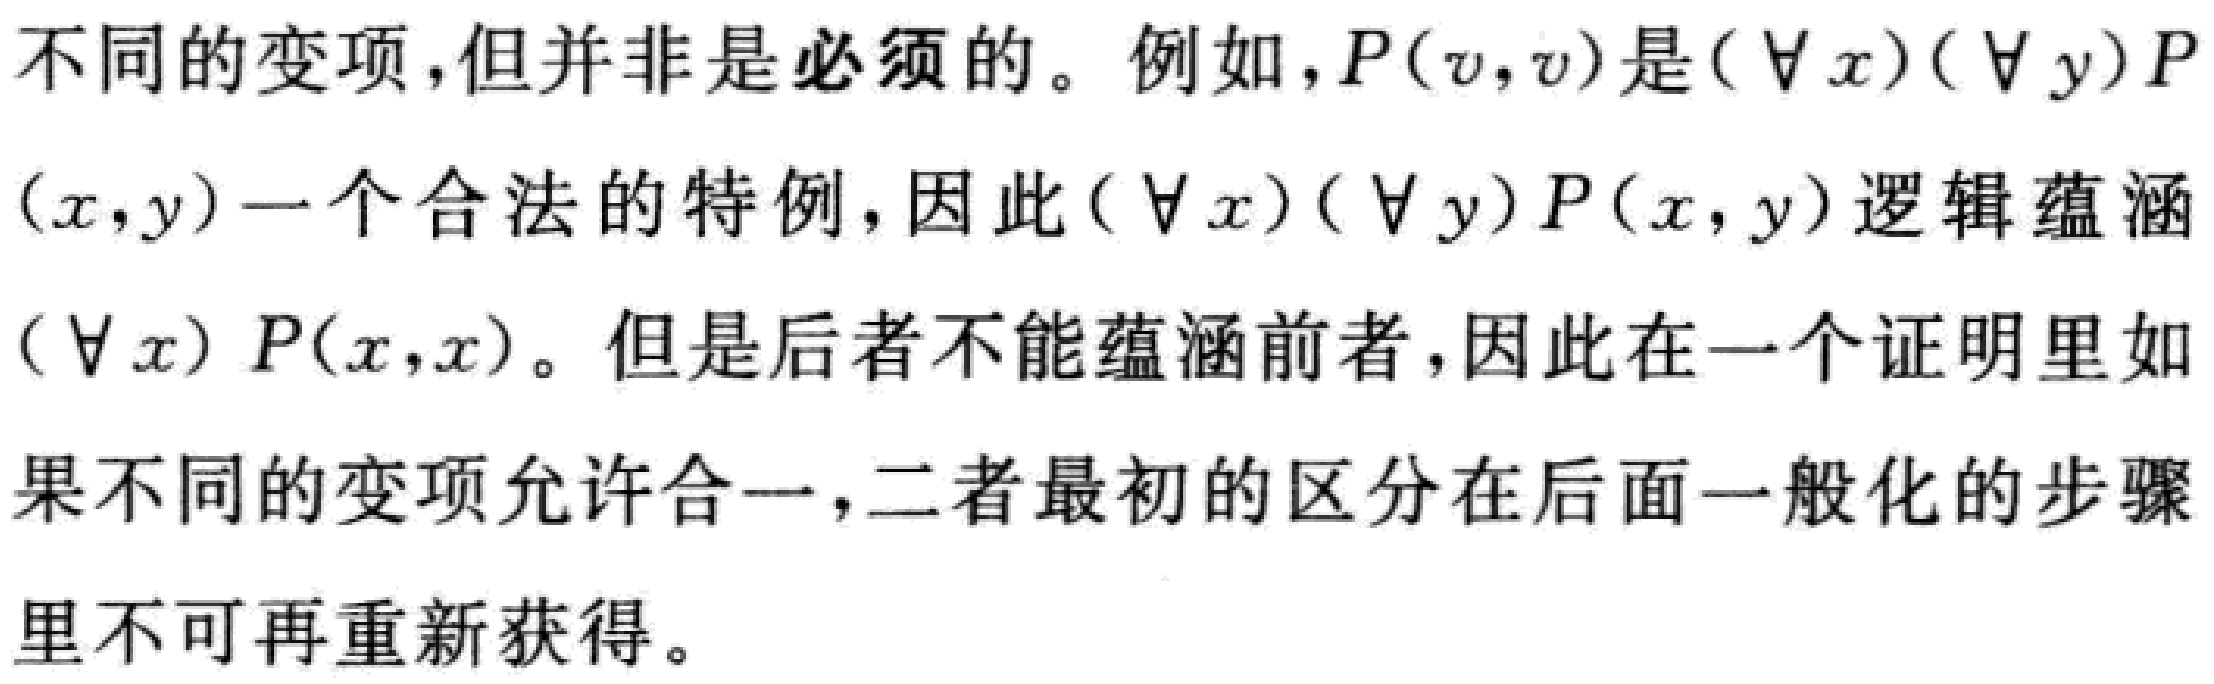
不同的变项,但并非是必须的。例如,\(P(v,v)\)是\((\forall x)(\forall y)P(x,y)\)一个合法的特例,因此\((\forall x)(\forall y)P(x,y)\)逻辑蕴涵\((\forall x)P(x,x)\)。但是后者不能蕴涵前者,因此在一个证明里如果不同的变项允许合一,二者最初的区分在后面一般化的步骤里不可再重新获得。